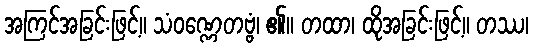
အကြင်အခြင်းဖြင့်။ သံဝဏ္ဏေတဗ္ဗံ၊ ၏။ တထာ၊ ထိုအခြင်းဖြင့်။ တဿ၊